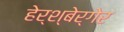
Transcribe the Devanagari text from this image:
हेर्श्बेर्गेर